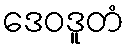
ဒေဝဒူတံ